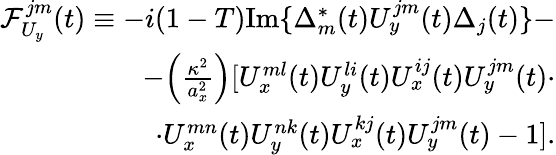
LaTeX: \begin{array}{r}{\mathcal{F}_{U_{y}}^{jm}(t)\equiv-i(1-T)\mathrm{Im}\{ \Delta_{m}^{*}(t)U_{y}^{jm}(t)\Delta_{j}(t)\} -}\\ {-\Big(\frac{\kappa^{2}}{a_{x}^{2}}\Big)[U_{x}^{ml}(t)U_{y}^{li}(t)U_{x}^{ij}(t)U_{y}^{jm}(t)\cdot}\\ {\cdot U_{x}^{mn}(t)U_{y}^{nk}(t)U_{x}^{kj}(t)U_{y}^{jm}(t)-1].}\end{array}